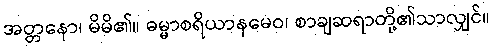
အတ္တနော၊ မိမိ၏။ ဓမ္မာစရိယာနမေဝ၊ စာချဆရာတို့၏သာလျှင်။